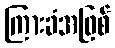
ကြားခံအဖြစ်